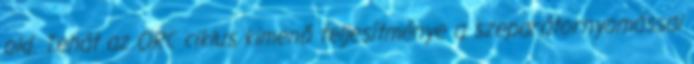
old. Tehát az ORC ciklus kimenő teljesítménye a szeparátornyomással